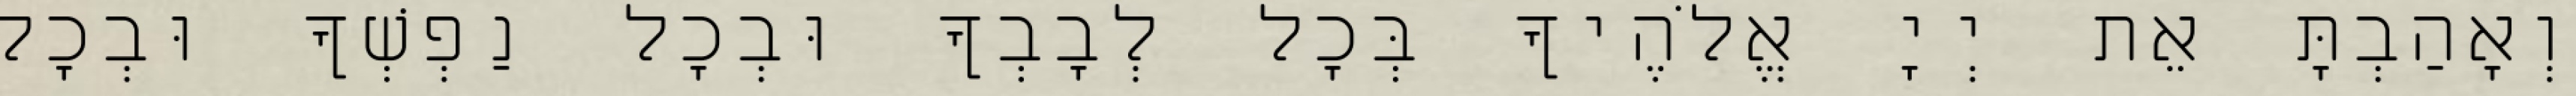
וְאָהַבְתָּ אֵת יְיָ אֱלֹהֶיךָ בְּכָל לְבָבְךָ וּבְכָל נַפְשְׁךָ וּבְכָל